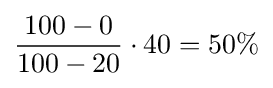
{\frac {100-0}{100-20}}\cdot 40=50\%